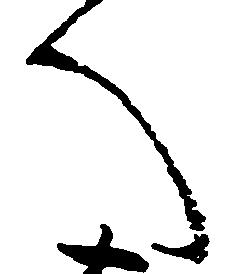
へ